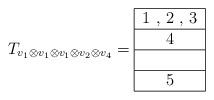
LaTeX: \begin{align*}T_{v_1 \otimes v_1 \otimes v_1 \otimes v_2 \otimes v_4}&=\begin{tabular}{| c | }\hline 1 , 2 , 3 \\\hline4 \\\hline \\\hline5 \\\hline\end{tabular}\end{align*}